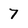
Character: 7